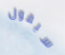
سيقول